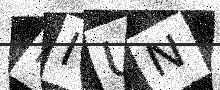
Text: IIUN